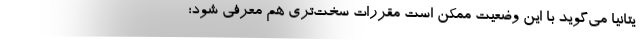
یتانیا می‌گوید با این وضعیت ممکن است مقررات سخت‌تری هم معرفی شود؛